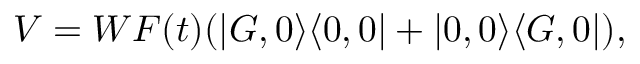
V = W F ( t ) ( | G , 0 \rangle \langle 0 , 0 | + | 0 , 0 \rangle \langle G , 0 | ) ,